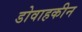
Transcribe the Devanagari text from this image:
डोवाहकीन